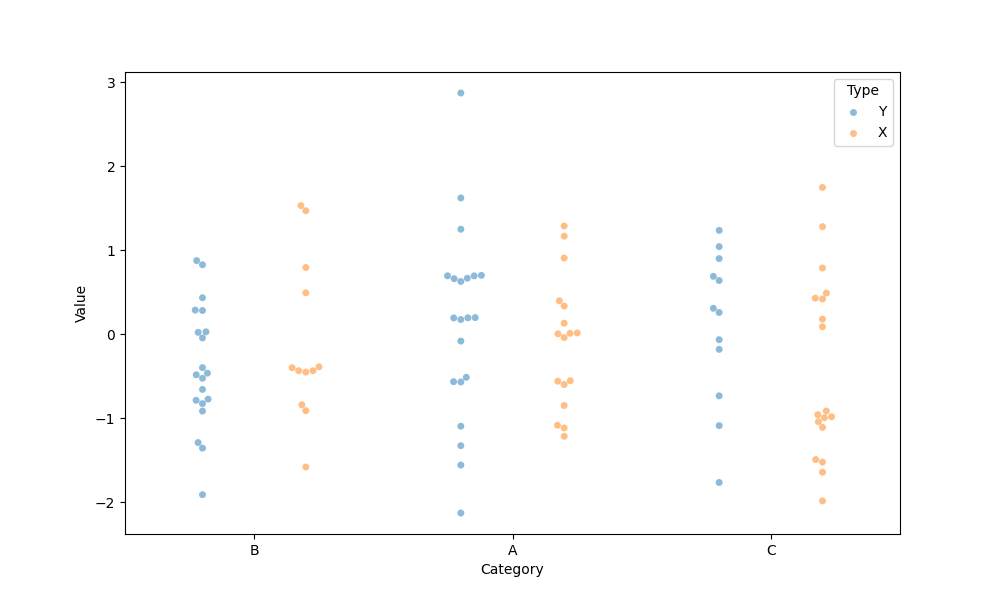
python, seaborn, swarmplot, dodge=True, alpha=0.5, size=5